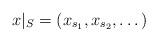
LaTeX: \begin{align*} x|_S = (x_{s_1},x_{s_2},\dots)\end{align*}